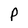
Character: P